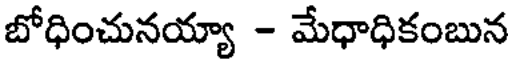
బోధించునయ్యా - మేధాధికంబున